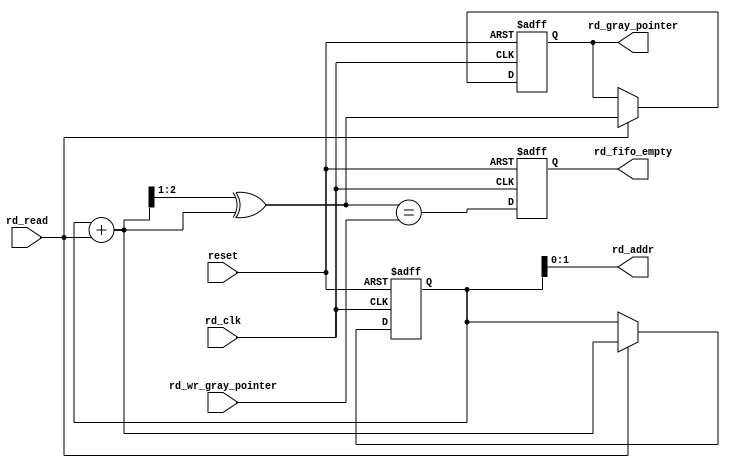
module fifo_empty_block (/*AUTOARG*/
   // Outputs
   rd_fifo_empty, rd_addr, rd_gray_pointer,
   // Inputs
   reset, rd_clk, rd_wr_gray_pointer, rd_read
   );

   parameter AW   = 2; // Number of bits to access all the entries 

   //##########
   //# INPUTS
   //##########
   input           reset;
   input           rd_clk;
   
   input [AW:0]    rd_wr_gray_pointer;//from other clock domain
   input           rd_read;
   
   //###########
   //# OUTPUTS
   //###########
   output          rd_fifo_empty;
   output [AW-1:0] rd_addr;
   output [AW:0]   rd_gray_pointer;
   
   //#########
   //# REGS
   //#########
   reg [AW:0]      rd_gray_pointer;
   reg [AW:0]      rd_binary_pointer;
   reg             rd_fifo_empty;

   //##########
   //# WIRES
   //##########
   wire 	   rd_fifo_empty_next;
   wire [AW:0]     rd_binary_next;
   wire [AW:0]     rd_gray_next;
   
   
   //Counter States
   always @(posedge rd_clk or posedge reset)
     if(reset)
       begin
	  rd_binary_pointer[AW:0]     <= {(AW+1){1'b0}};
	  rd_gray_pointer[AW:0]       <= {(AW+1){1'b0}};
       end
     else if(rd_read)
       begin
	  rd_binary_pointer[AW:0]     <= rd_binary_next[AW:0];	  
	  rd_gray_pointer[AW:0]       <= rd_gray_next[AW:0];	  
       end

   //Read Address
   assign rd_addr[AW-1:0]        = rd_binary_pointer[AW-1:0];

   //Updating binary pointer
   assign rd_binary_next[AW:0]  = rd_binary_pointer[AW:0] + 
				  {{(AW){1'b0}},rd_read};

   //Gray Pointer Conversion (for more reliable synchronization)!
   assign rd_gray_next[AW:0] = {1'b0,rd_binary_next[AW:1]} ^ 
			       rd_binary_next[AW:0];


   //# FIFO empty indication
   assign rd_fifo_empty_next = (rd_gray_next[AW:0]==rd_wr_gray_pointer[AW:0]);

   always @ (posedge rd_clk or posedge reset)
     if(reset)
       rd_fifo_empty <= 1'b1;
     else 
       rd_fifo_empty <= rd_fifo_empty_next;
 
endmodule